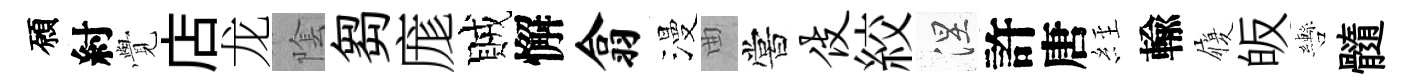
願紂𮗜店龙隂芻庬賊懈翕漫曲嘗伎絞涅許唐𦀇輸履皈轡髓